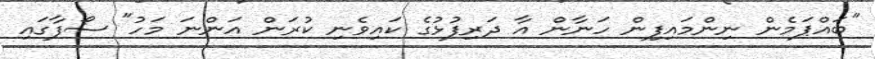
"ބައްޕަމެން ނިންމައިފިން ހަނާން އާ ދަރިފުޅުގެ ކައިވެނި ކުރަން އަންނަ މަހު" ސޯފާގައި